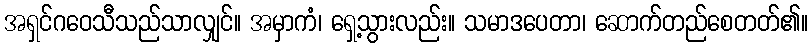
အရှင်ဂဝေသီသည်သာလျှင်။ အမှာကံ၊ ရှေ့သွားလည်း။ သမာဒပေတာ၊ ဆောက်တည်စေတတ်၏။